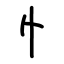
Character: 忄